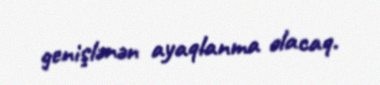
genişlənən ayaqlanma olacaq.